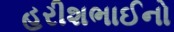
હરીશભાઈનો